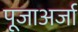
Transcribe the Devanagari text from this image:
पूजाअर्जा